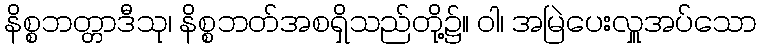
နိစ္စဘတ္တာဒီသု၊ နိစ္စဘတ်အစရှိသည်တို့၌။ ဝါ၊ အမြဲပေးလှူအပ်သော